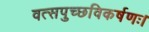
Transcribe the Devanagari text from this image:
वत्सपुच्छविकर्षणः।